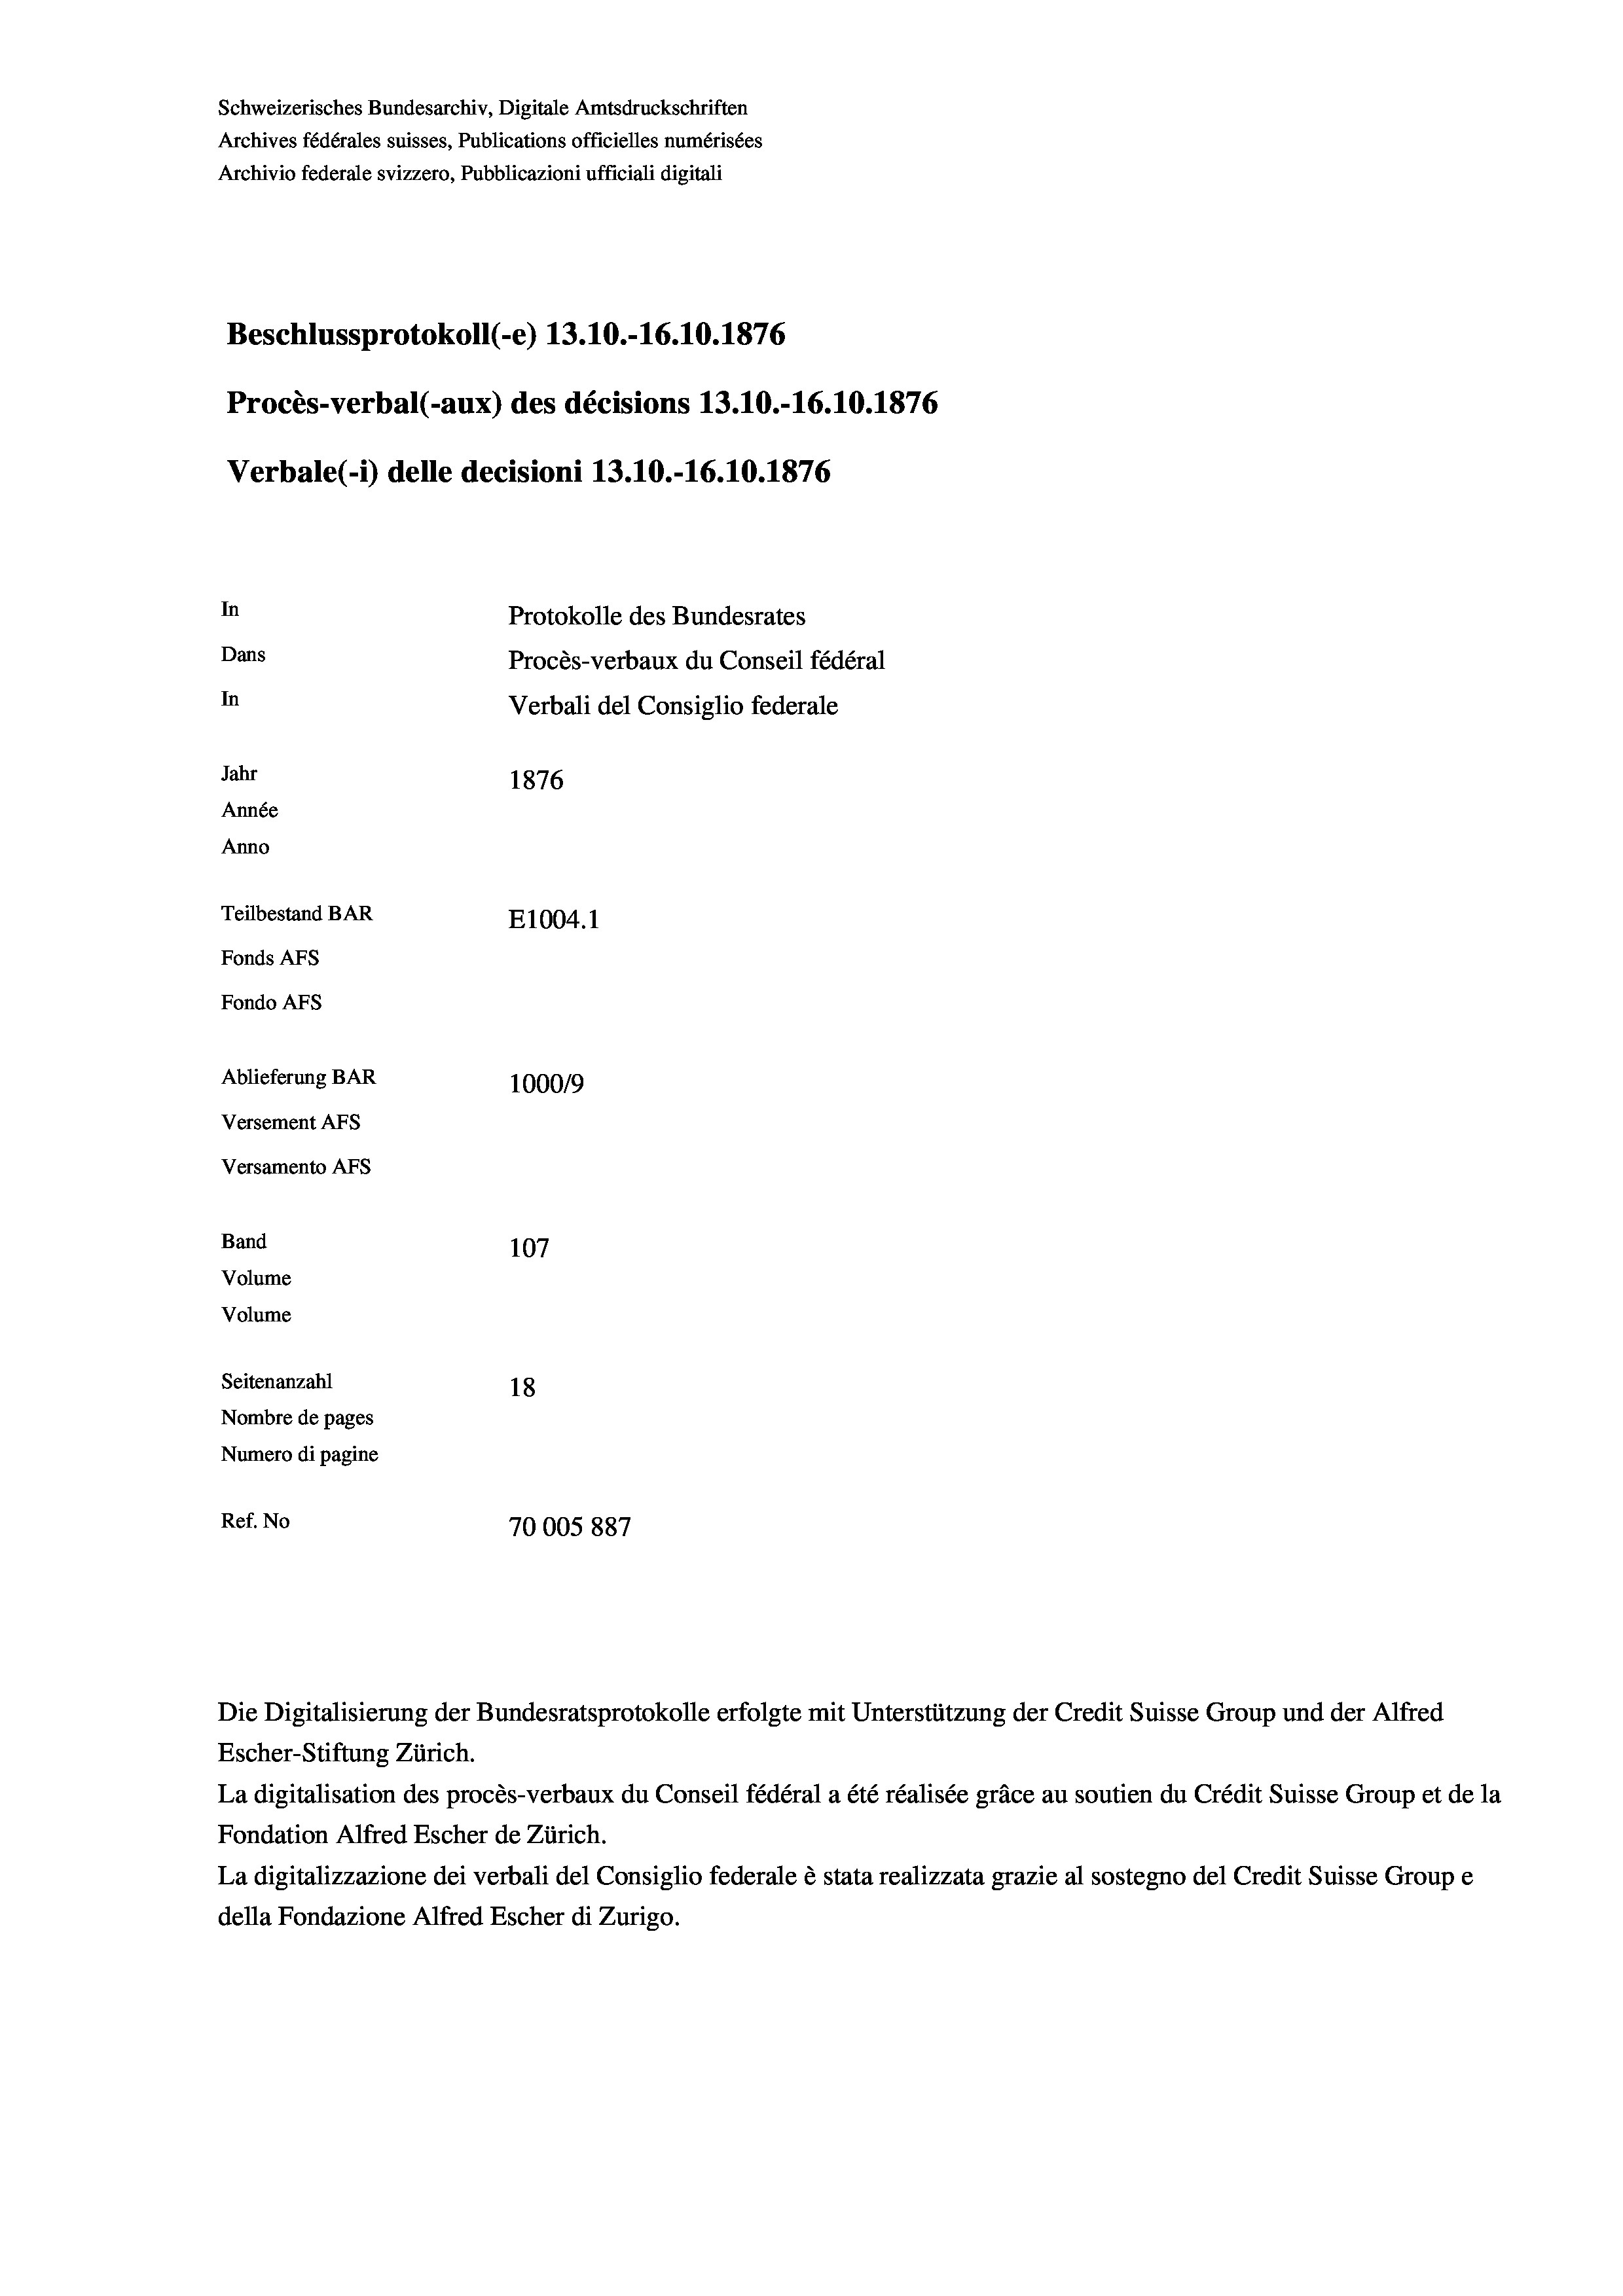
Schweizerisches Bundesarchiv, Digitale Amtsdruckschriften
Archives fédérales suisses, Publications officielles numérisées
Archivio federale svizzero, Pubblicazioni ufficiali digitali
Beschlussprotokoll (-e) 13.10.-16.10.1876
Procès-verbal (-aux) des décisions 13.10.-16.10.1876
Verbale(-*) delle decisioni 13.10.-16.10.1876
In
Protokolle des Bundesrates
Dans
Procès-verbaux du Conseil fédéral
In
Verbali del Consiglio federale
Jahr
1876
Année
Anno
Teilbestand BAR
E1004. 1
Fonds AFs
Fondo AFS
Ablieferung BAR
100019
Versement AFs
Versamento AFs
Band
107
Volume
Volume
Seitenanzahl
18
Nombre de pages
Numero di pagine
Ref. No
70005 887

Escher-Stiftung Zürich.
La digitalisation des procès-verbaux du Conseil fédéral a été réalisée gräce au soutien du Crédit Suisse Group et de la
Fondation Alfred Escher de Zürich.
La digitalizzazione dei verbali del Consiglio federale è stata realizzata grazie al sostegno del Credit Suisse Groupe
della Fondazione Alfred Escher di Zurigo.

Die Digitalisierung der Bundesratsprotokolle erfolgte mit Unterstützung der Credit Suisse Group und der Alfred